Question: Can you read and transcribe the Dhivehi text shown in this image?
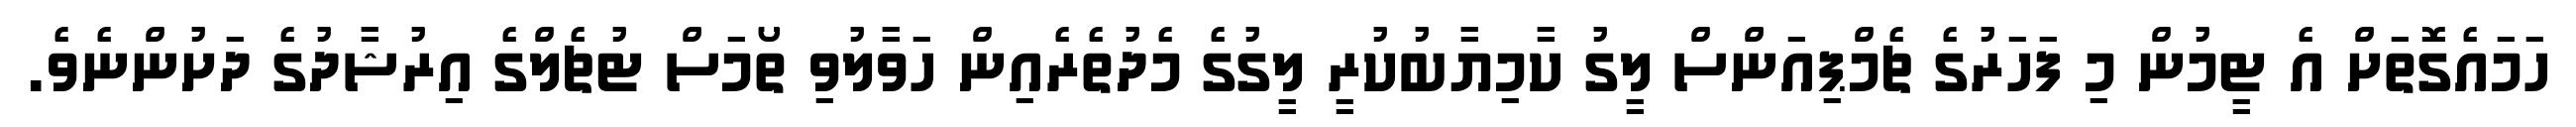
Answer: ހަމައެގޮތަށް އެ ޓީމުން މި ފަހަރުގެ ޗެމްޕިއަންސް ލީގު ކާމިޔާބުކުރީ ލީގުގެ މެދުތެރެއިން ހަވާލުވި ތޯމަސް ޓުޗެލްގެ އިރުޝާދުގެ ދަށުންނެވެ.